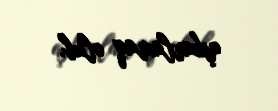
aşkarlamaq olub.